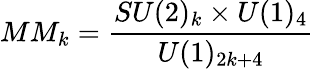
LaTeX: MM_{k}=\frac{SU(2)_{k}\times U(1)_{4}}{U(1)_{2k+4}}